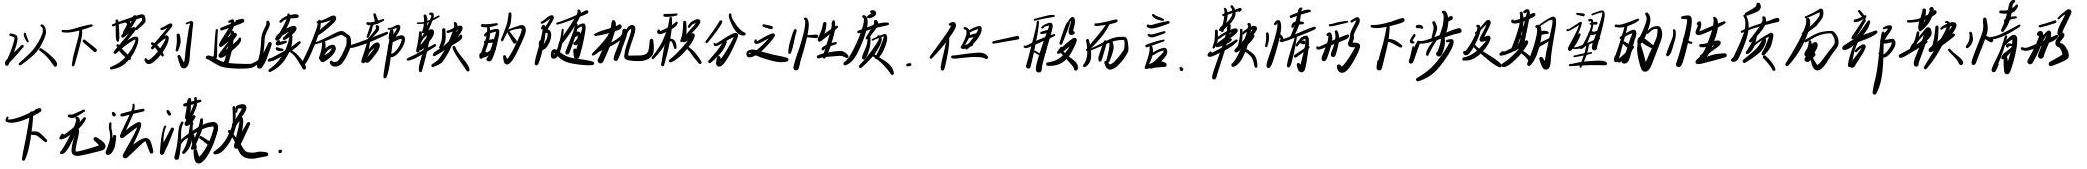
以下罗列连续局部鞅的随机积分之性质. 但一般而言, 鞅情形下涉及期望的性质局部鞅情形下无法满足.